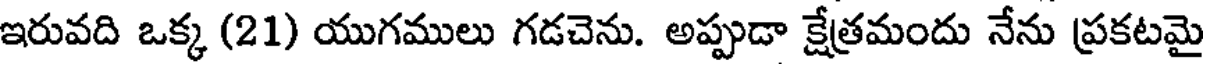
ఇరువది ఒక్క (21) యుగములు గడచెను. అప్పుడా క్షేత్రమందు నేను ప్రకటమై